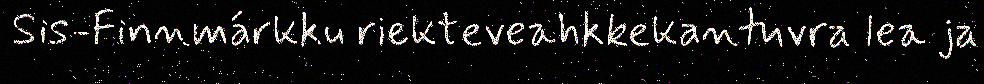
Sis-Finnmárkku riekteveahkkekantuvra lea ja